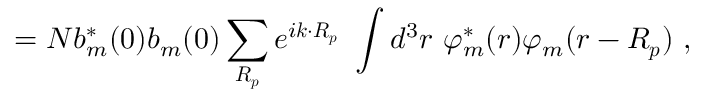
= N b _ { m } ^ { * } ( 0 ) b _ { m } ( 0 ) \sum _ { \boldsymbol { R _ { p } } } e ^ { i { \boldsymbol { k \cdot R _ { p } } } } \ \int d ^ { 3 } r \ \varphi _ { m } ^ { * } ( { \boldsymbol { r } } ) \varphi _ { m } ( { \boldsymbol { r - R _ { p } } } ) \ ,